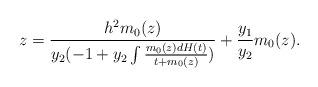
LaTeX: \begin{align*}z=\frac{ h^2 m_0(z)}{y_2(-1+y_2\int\frac{m_0(z)dH(t)}{t+m_0(z)})}+\frac{y_1}{y_2}m_0(z).\end{align*}